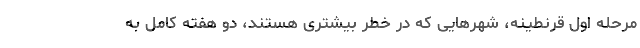
مرحله اول قرنطینه، شهرهایی که در خطر بیشتری هستند، دو هفته کامل به